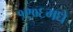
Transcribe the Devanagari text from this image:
१९०६मधे